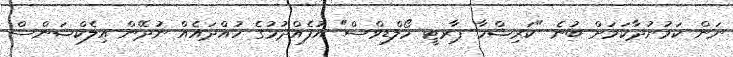
ނަން ކަމުނުދާކަމަށް ބުނެ "ކަރިޝްމާ ޕާރޓީ މޯލްޑިވްސް" އުފެއްދުމުގެ ހުއްދައެއް ނުދޭން އިލެކްޝަންސް